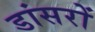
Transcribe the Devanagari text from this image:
डांसरों